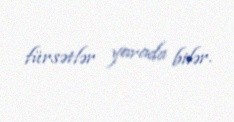
fürsətlər yarada bilər.